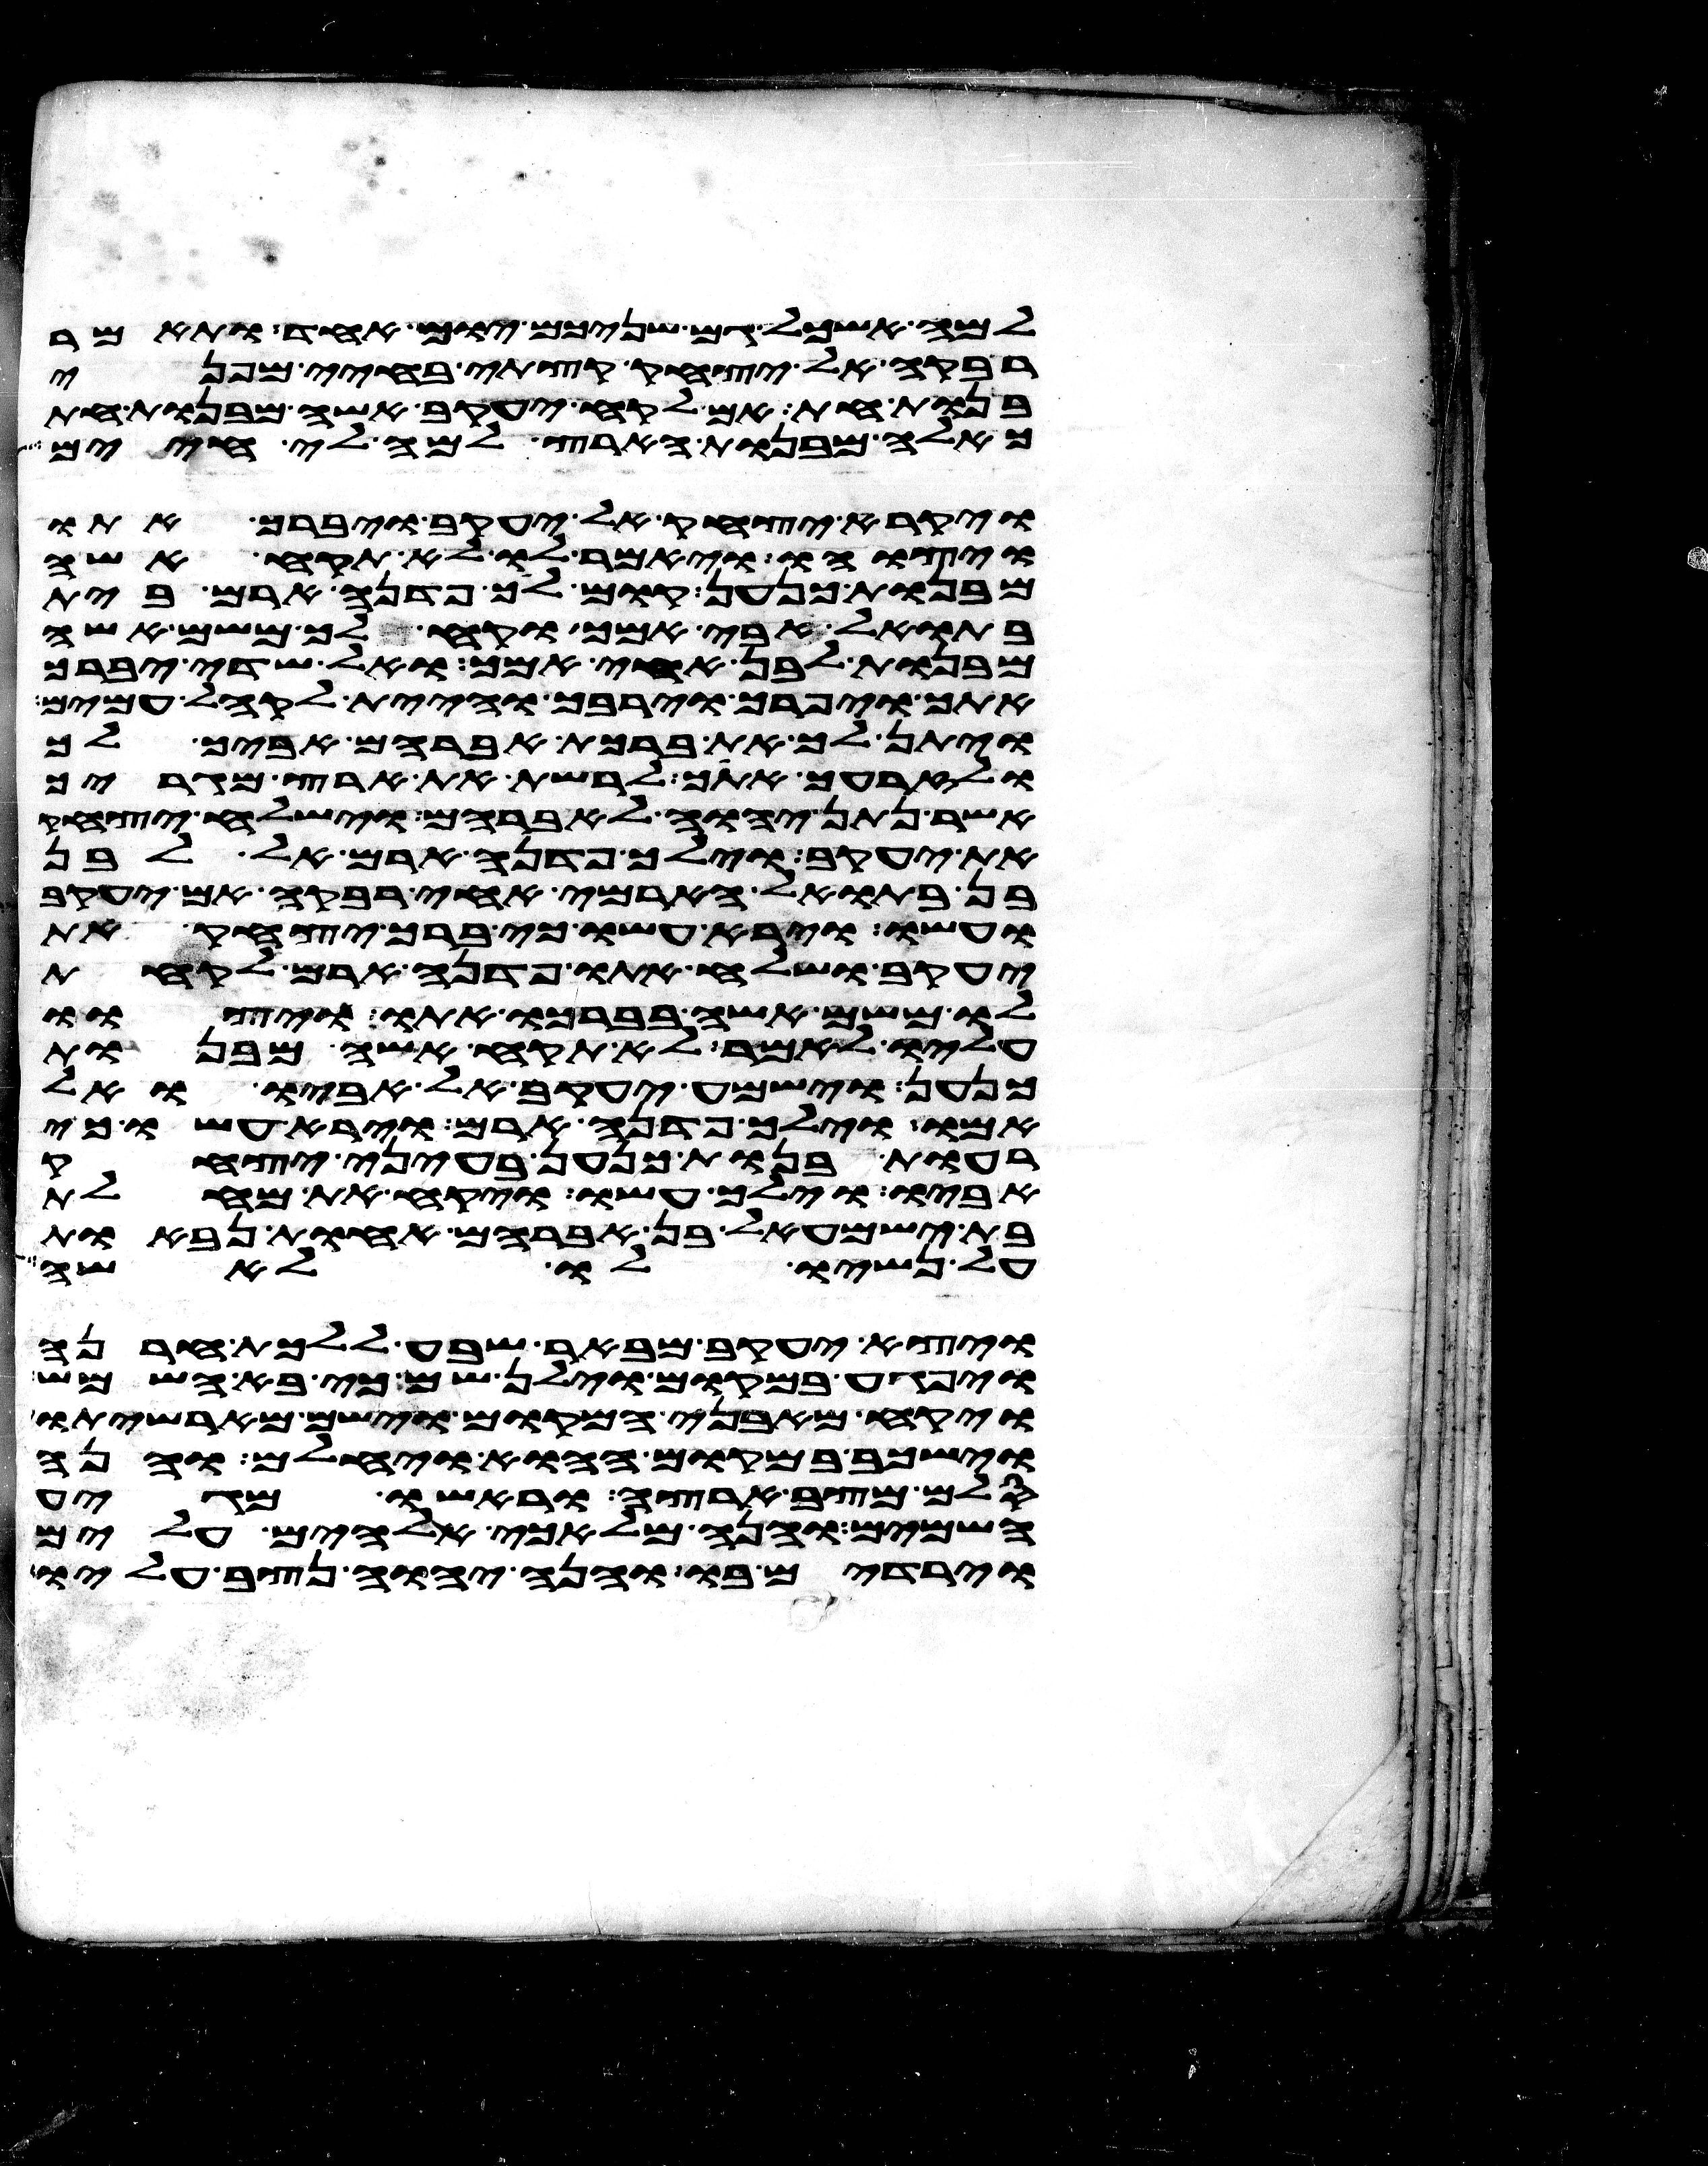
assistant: למה אשכל גם שניכם יום אחד ותאמר
רבקה אל יצחק קצתי בחיי מפני
בנות חת אם לקח יעקב אשה מבנות חת
כאלה מבנות הארץ למה לי חיים
ויקרא יצחק אל יעקב ויברך אתו
ויצוהו ויאמר לו לא תקח אשה
מבנות כנען קום לך פדנה ארם בית
בתואל אבי אמך וקח לך משם אשה
מבנות לבן אחי אמך ואל שדי יברך
אתך ויפרך וירבך והיית לקהל עמים
ויתן לך את ברכת אברהם אביך לך
ולזרעך אתך לרשת את ארץ מגריך
אשר נתן יהוה לאברהם וישלח יצחק
את יעקב וילך פדנה ארם אל לבן
בן בתואל הארמי אחי רבקה אם יעקב
ועשו וירא עשו כי ברך יצחק את
יעקב ושלח אתו פדנה ארם לקחת
לו משם אשה בברכו אתו ויצוו
עליו לאמר לא תקח אשה מבנות
כנען וישמע יעקב אל אביו ואל
אמו וילך פדנה ארם וירא עשו כי
רעות בנות כנען בעיני יצחק
אביו וילך עשו ויקח את מחלת
בת ישמעאל בן אברהם אחות נבאות
על נשיו לו לאשה
ויצא יעקב מבאר שבע ללכת חרנה
ויפגע במקום וילן שם כי בא השמש
ויקח מאבני המקום וישם מראשיתו
וישכב במקום ההוא ויחלם והנה
סלם מצב ארצה וראשו מגיע
השמים והנה מלאכי אלהים עלים
וירדים בו והנה יהוה נצב עליו